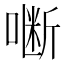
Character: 𭊜